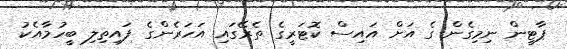
ޕާޓީން ނިމިގެން ގެ އަށް އައިސް ކޮޓަރީގެ ތެރޭގައި އަހަރެންގެ ފައިތިލި ބީހުމާއެކު